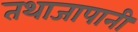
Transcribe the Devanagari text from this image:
तथाजापानी